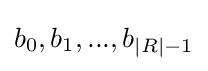
{\textstyle b_{0},b_{1},...,b_{|R|-1}}